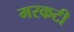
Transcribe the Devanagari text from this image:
मरकटी